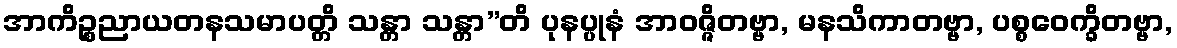
အာကိဉ္စညာယတနသမာပတ္တိ သန္တာ သန္တာ”တိ ပုနပ္ပုနံ အာဝဇ္ဇိတဗ္ဗာ, မနသိကာတဗ္ဗာ, ပစ္စဝေက္ခိတဗ္ဗာ,